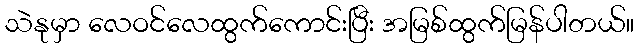
သဲနုမှာ လေဝင်လေထွက်ကောင်းပြီး အမြစ်ထွက်မြန်ပါတယ်။